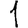
Digit: 1